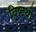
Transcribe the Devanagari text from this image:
द्रिष्टथी